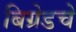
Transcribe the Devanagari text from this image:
बिग्रेडचे